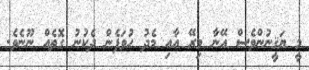
މީ ޔަޤީނުންވެސް އޭނާ މިރޭ އާއި މެދު ހުވަފެން ދެކުނު ގޮތެއް ނޫނެވެ.